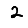
Digit: 2